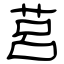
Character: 莒